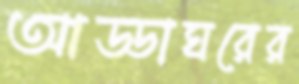
আড্ডাঘরের